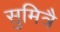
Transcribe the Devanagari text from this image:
सुमित्रै